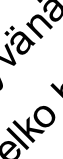
l k n